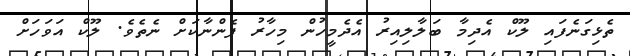
ތެޅިގަނެފައި ލޫކް އެދިމާ ބަލާލިއިރު އެދެމީހުން މިހާރު ފެންނާކަށް ނެތެވެ. ލޫކް އަވަހަށް